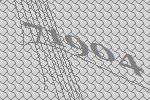
71904